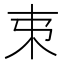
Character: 𣎺